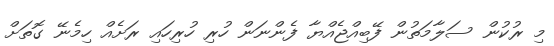
މި ރުކުން ސަލާމަތުން ފޭބިއްޖެއްޔާ ފެންނަން ހުރި ހުރިހައި ރަށެއް ހިމެނޭ ގޮތަށް